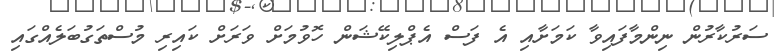
ސަރުކާރުން ނިންމާފައިވާ ކަމަށާއި އެ ފަސް އެޕްލިކޭޝަން ހޮވުމަށް ވަރަށް ކައިރި މުސްތަގުބަލެއްގައި